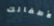
لأطفالك